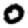
Digit: 0